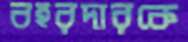
বহরদারকে